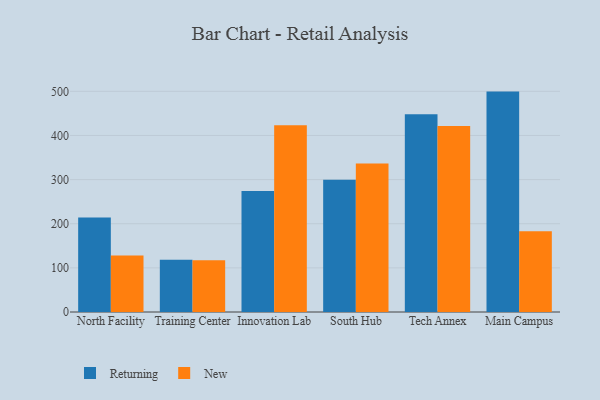
{"axis": {"x": "Campus", "y": "Website Visitors"}, "legend": ["New", "Returning"], "data": [{"x": "North Facility", "y": 214.4, "type": "Returning"}, {"x": "North Facility", "y": 128.0, "type": "New"}, {"x": "Training Center", "y": 118.2, "type": "Returning"}, {"x": "Training Center", "y": 117.3, "type": "New"}, {"x": "Innovation Lab", "y": 274.3, "type": "Returning"}, {"x": "Innovation Lab", "y": 423.4, "type": "New"}, {"x": "South Hub", "y": 299.8, "type": "Returning"}, {"x": "South Hub", "y": 336.6, "type": "New"}, {"x": "Tech Annex", "y": 448.3, "type": "Returning"}, {"x": "Tech Annex", "y": 421.3, "type": "New"}, {"x": "Main Campus", "y": 499.4, "type": "Returning"}, {"x": "Main Campus", "y": 183.2, "type": "New"}]}